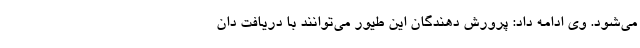
می‌شود. وی ادامه داد: پرورش دهندگان این طیور می‌توانند با دریافت دان